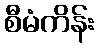
စီမံကိန်း